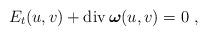
LaTeX: \begin{align*}E_t(u,v) + {\rm div} \, \boldsymbol{\omega}(u,v) = 0\ ,\end{align*}